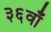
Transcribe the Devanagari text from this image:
३६वाँ